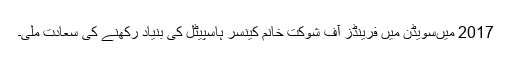
2017 میںسویڈن میں فرینڈز آف شوکت خانم کینسر ہاسپیٹل کی بنیاد رکھنے کی سعادت ملی۔